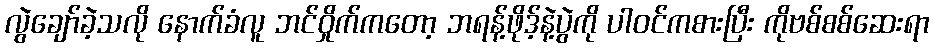
လွဲချော်ခဲ့သလို နောက်ခံလူ ဘင်ဝှိုက်ကတော့ ဘရန့်ဖိုဒ့်နဲ့ပွဲကို ပါဝင်ကစားပြီး ကိုဗစ်စစ်ဆေးရာ